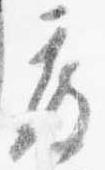
度